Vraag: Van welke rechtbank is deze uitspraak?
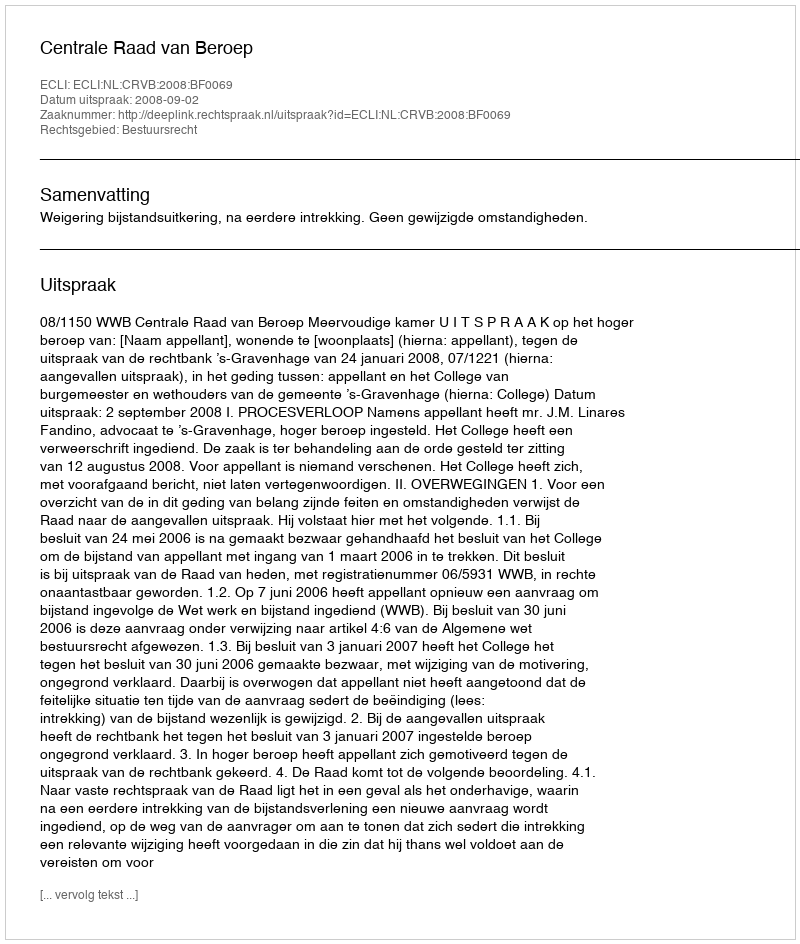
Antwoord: Centrale Raad van Beroep